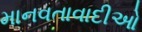
માનવતાવાદીઓ